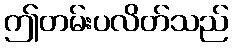
ဤတမ်းပလိတ်သည်